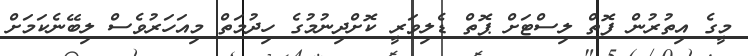
މީގެ އިތުރުން ފޮތް ލިސްޓަށް ޕޮތް ޑެލިވަރީ ކޮށްދިނުމުގެ ހިދުމަތް މިއަހަރުވެސް ލިބޭނެކަމަށް